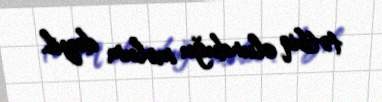
tətbiq olunduğu məlum deyil.